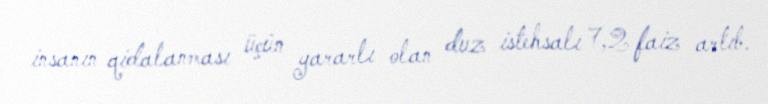
insanın qidalanması üçün yararlı olan duz istehsalı 7,2 faiz artıb.